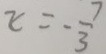
x = - \frac { 7 } { 3 }